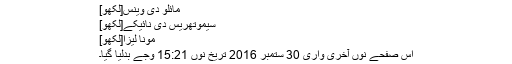
مائلو دی وینس[لکھو]
سیموتھریس دی نائیکے[لکھو]
مونا لیزا[لکھو]
اس صفحے نوں آخری واری 30 ستمبر 2016 تریخ نوں 15:21 وجے بدلیا گیا۔